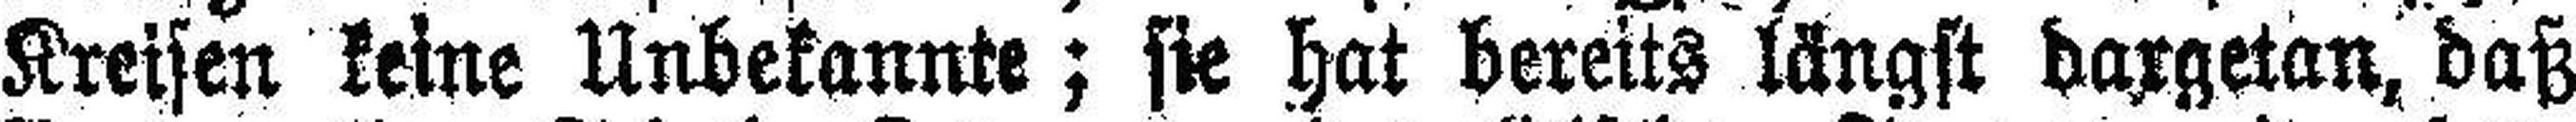
Kreisen keine Unbekannte; sie hat bereits längst dargetan, daß